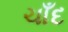
ચાઁદ